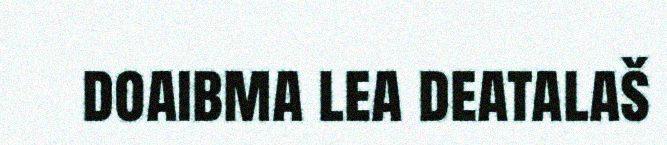
doaibma lea deatalaš